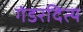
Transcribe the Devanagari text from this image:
गंडरदित्य